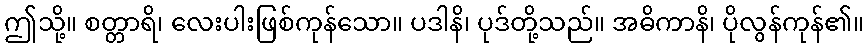
ဤသို့။ စတ္တာရိ၊ လေးပါးဖြစ်ကုန်သော။ ပဒါနိ၊ ပုဒ်တို့သည်။ အဓိကာနိ၊ ပိုလွန်ကုန်၏။